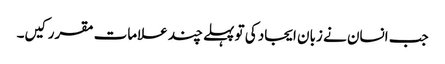
جب انسان نے زبان ایجاد کی تو پہلے چند علامات مقرر کیں۔